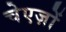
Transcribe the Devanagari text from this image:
चेएज़ों